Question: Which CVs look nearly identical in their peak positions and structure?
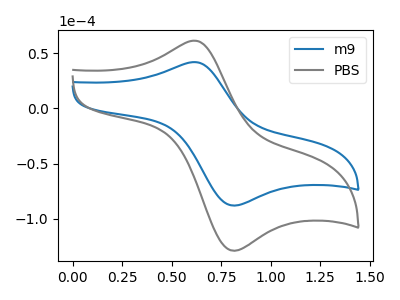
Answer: <think>The blue curve "m9" has an anodic peak at (0.60V, 41.75uA) and a cathodic peak at (0.80V, -87.95uA). The gray curve "PBS" has an anodic peak at (0.60V, 61.15uA) and a cathodic peak at (0.80V, -128.80uA).
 All the peaks in "m9" have a peak in "PBS" at the same potential. Every peak in "m9" is lower than every peak in "PBS".</think>
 <answer>"m9" and "PBS" have the same shape and are likely CV's of the same chemical.</answer>
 <eval>"m9" "PBS"</eval>